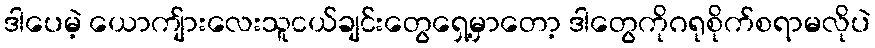
ဒါပေမဲ့ ယောကျ်ားလေးသူငယ်ချင်းတွေရှေ့မှာတော့ ဒါတွေကိုဂရုစိုက်စရာမလိုပဲ